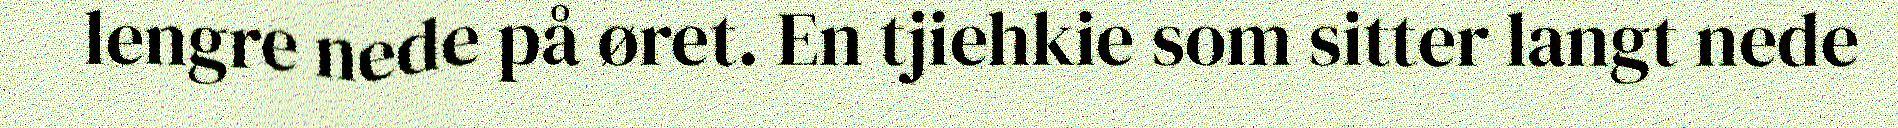
lengre nede på øret. En tjiehkie som sitter langt nede